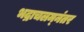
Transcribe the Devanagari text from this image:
भद्राचलम्‌नंतर